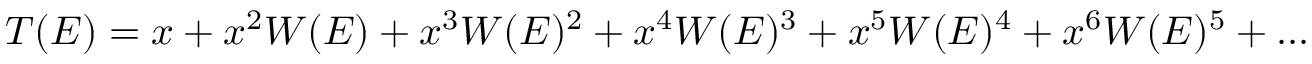
T ( E ) = x + x ^ { 2 } W ( E ) + x ^ { 3 } W ( E ) ^ { 2 } + x ^ { 4 } W ( E ) ^ { 3 } + x ^ { 5 } W ( E ) ^ { 4 } + x ^ { 6 } W ( E ) ^ { 5 } + . . .